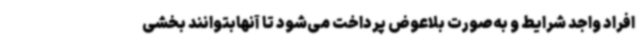
افراد واجد شرایط و به‌صورت بلاعوض پرداخت می‌شود تا آنهابتوانند بخشی